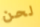
لحن